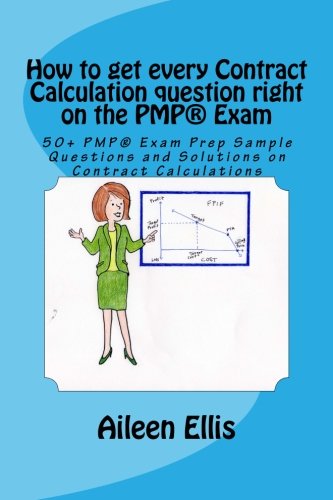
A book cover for How to get every Contract Calculation question right on the PMPÂ® Exam: 50+ PMPÂ® Exam Prep Sample Questions and Solutions on Contract Calculations ... Series of mini-e-books ) (Volume 2); Aileen Ellis; Test Preparation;